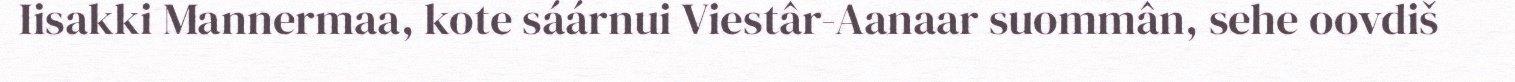
Iisakki Mannermaa, kote sáárnui Viestâr-Aanaar suommân, sehe oovdiš